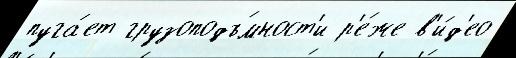
пуга́ет грузоподъ́мност'и р'е́же в'и́д'ео